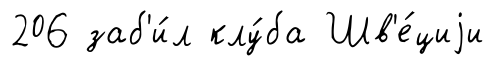
206 заб'и́л клу́ба Шв'е́циjи